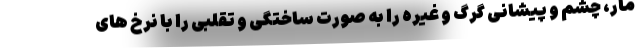
مار، چشم و پیشانی گرگ و غیره را به صورت ساختگی و تقلبی را با نرخ های